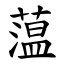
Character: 蕰